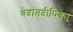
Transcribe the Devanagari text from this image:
वेदांतदीपिका